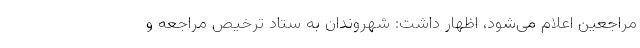
مراجعین اعلام می‌شود، اظهار داشت: شهروندان به ستاد ترخیص مراجعه و